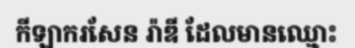
កីឡាករសែន រ៉ាឌី ដែលមានឈ្មោះ